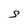
Character: 5